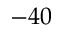
- 4 0